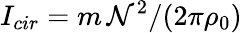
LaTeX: I_{cir}=m\, {\cal N}^{2}/(2\pi\rho_{0})